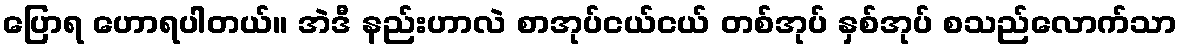
ပြောရ ဟောရပါတယ်။ အဲဒီ နည်းဟာလဲ စာအုပ်ငယ်ငယ် တစ်အုပ် နှစ်အုပ် စသည်လောက်သာ